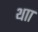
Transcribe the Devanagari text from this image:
थाा